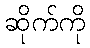
ဆိုက်ကို